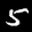
Label: 5